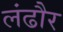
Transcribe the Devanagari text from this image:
लंढौर